Vaccination report Assam 1896-1927 - 1896-1927
Year: 1896
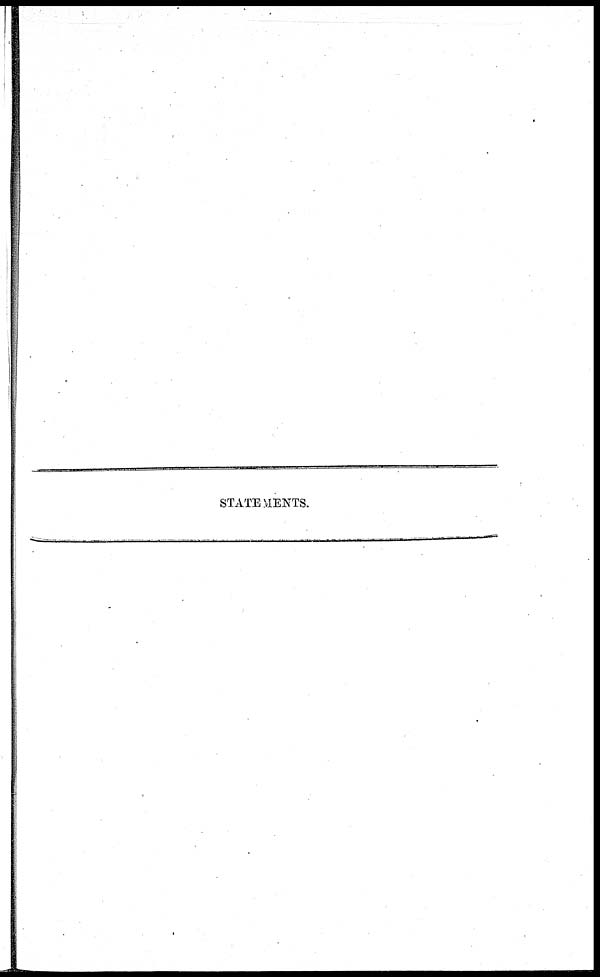
STATEMENTS.